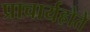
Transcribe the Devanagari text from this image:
प्राचार्यहोते